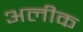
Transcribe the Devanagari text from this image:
अलीक